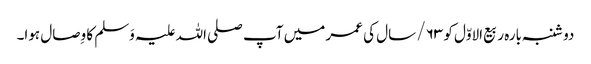
دو شنبہ بارہ ربیع الاوّل کو ۶۳/ سال کی عمر میں آپ صلی اللہ علیہ وَسلم کا وِصال ہوا۔